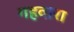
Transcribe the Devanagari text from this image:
गहवारा